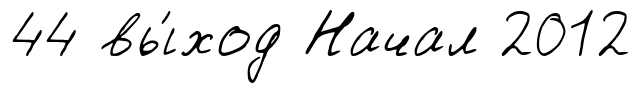
44 вы́ход Начал 2012